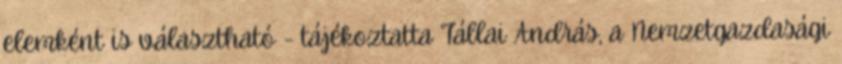
elemként is választható - tájékoztatta Tállai András, a Nemzetgazdasági